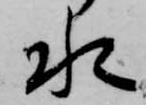
水